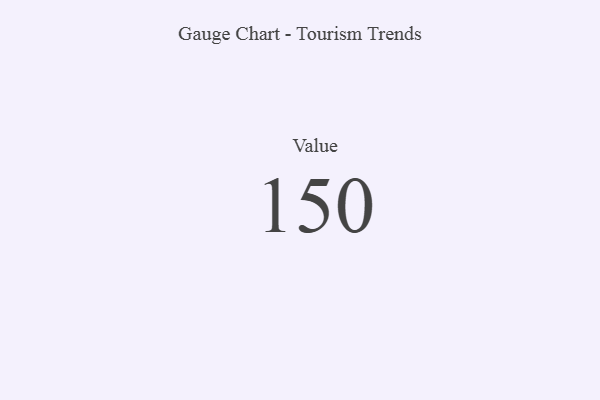
{"axis": {"x": "Metric", "y": "Value"}, "legend": [""], "data": [{"x": "Value", "y": 150, "type": ""}]}